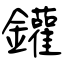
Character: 鑵